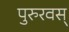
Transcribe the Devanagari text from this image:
पुरुरवस्‌